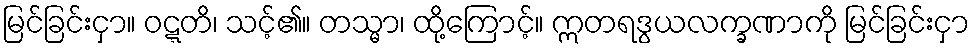
မြင်ခြင်းငှာ။ ဝဋ္ဋတိ၊ သင့်၏။ တသ္မာ၊ ထို့ကြောင့်။ ဣတရဒွယလက္ခဏာကို မြင်ခြင်းငှာ